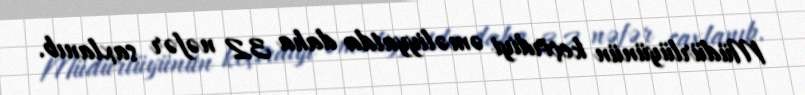
Müdürlüyünün keçirdiyi əməliyyatda daha 32 nəfər saxlanıb.